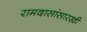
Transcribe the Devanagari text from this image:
रामदासांसारखी